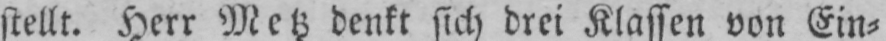
stellt. Herr Metz denkt sich drei Klassen von Ein⸗